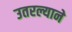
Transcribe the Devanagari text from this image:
उतरल्याने